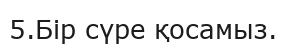
5.Бір сүре қосамыз.